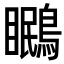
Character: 𭿱